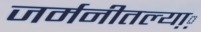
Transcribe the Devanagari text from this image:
जर्मनीतल्या़़